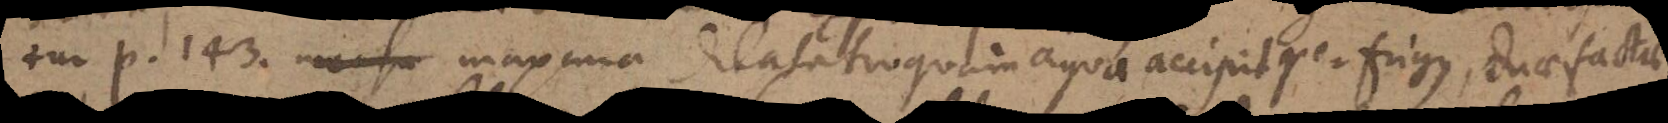
tur p. 143. maxima dilatatio quam aqua accipit per frigus, duae factae